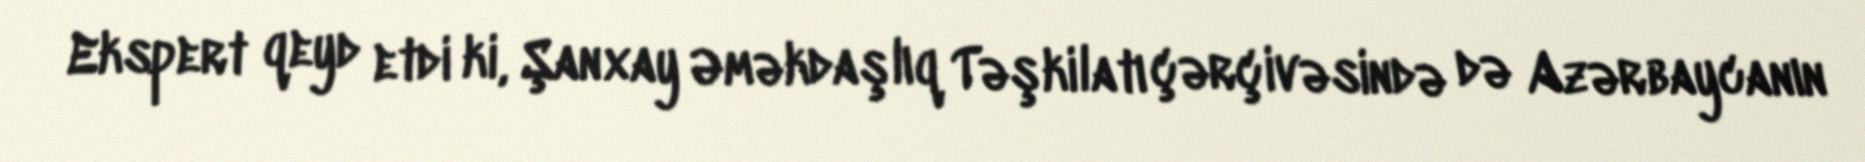
Ekspert qeyd etdi ki, Şanxay Əməkdaşlıq Təşkilatı çərçivəsində də Azərbaycanın